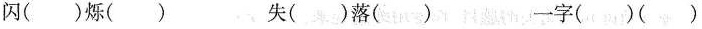
闪( )烁( ) 失( )落( ) 一字( )( )